Statistical return of the lunatic asylum in Assam - 1912-1932
Year: 1912
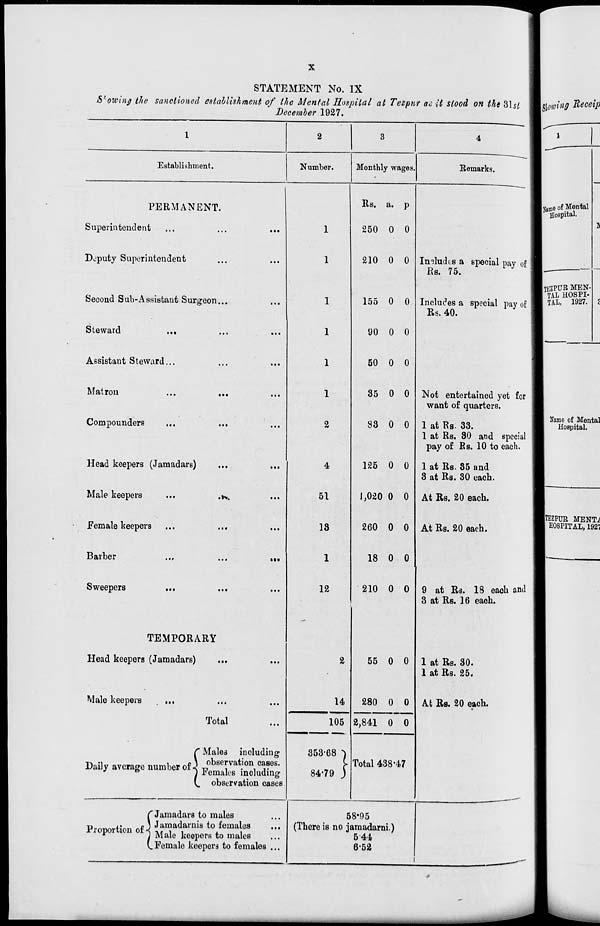
STATEMENT No. IX
S'owing the sanctioned establishment of the Mental Hospital at Testpuf ac it stood on the 3b;
December 1927.
2
Establishment.
Number.
Monthly wages.
4
Eemarks.
PERMANENT.
Superintendent
Deputy Superintendent
Second Sub-Assistant Surgeon...
Steward
...
Assistant Steward,..
Matron
...
...
Compounders
Head keepers (Jamadars)
Male keepers
Female keepers
Barber
Sweepers
.K.
TEMPORARY
Head keepers (Jamadars)
Male keepers
Total
C Males including
o \ observation cases.
i \
-l
li - ]
<u>.^i i va\jlull i.:.ii
Daily average number of J Pomakig .^
(_, observation cases
ing
rJamadars to males
,,
,.
p i Jamadarnis to females
Proportion of <l ^ ^en to males
...
(..Female keepers to females ...
4
51
13
12
14
Its. a. p
250 0 0
210 0 0
155 0 0
90 0 0
50 0 0
35 0 0
83 0 0
125 0 0
1,020 0 0
260 0 0
18 0 0
210 0 0
Imludts a special pay of
Rs. 75.
Includes a special pay of.
Rs. 40.
Not entertained yet for
want of quarters.
1 at Rs. 33.
1 at Rs. 30 and special
pay of Rs. 10 to each.
1 at Rs. 85 and
3 at Rs. 30 each.
At Rs. 20 each.
At Rs. 20 each.
105
353-68
8479
55 0 0
280 0 0
2,841 0 0
Total 438-47
9 at Rs. 18 eaoh and
3 at Rs. 16 eaoh.
1 at Rs. 30.
1 at Rs. 25.
At Rs. 20 each.
58*95
(There is no jamadarni.)
544
6-52
Name of Mental
Hospital.
|TEZPUE MENTi
HOSPITAL, 192?